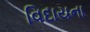
વિદાયના